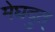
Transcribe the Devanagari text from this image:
मेघदुत्